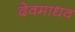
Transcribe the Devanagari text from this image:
देवमाधव